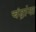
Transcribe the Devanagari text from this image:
चंद्रांना